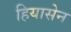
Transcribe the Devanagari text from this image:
हियासेन